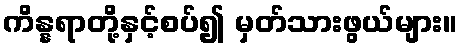
ကိန္နရာတို့နှင့်စပ်၍ မှတ်သားဖွယ်များ။